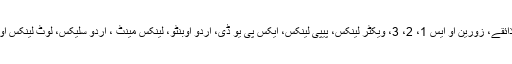
7 اور اسکے مختلف ذائقے، زورین او ایس 1، 2، 3، ویکٹر لینکس، پیپی لینکس، ایکس پی یو ڈی، اردو اوبنٹو، لینکس مینٹ ، اردو سلیکس، لوٹ لینکس اور تجربات جاری ہیں۔